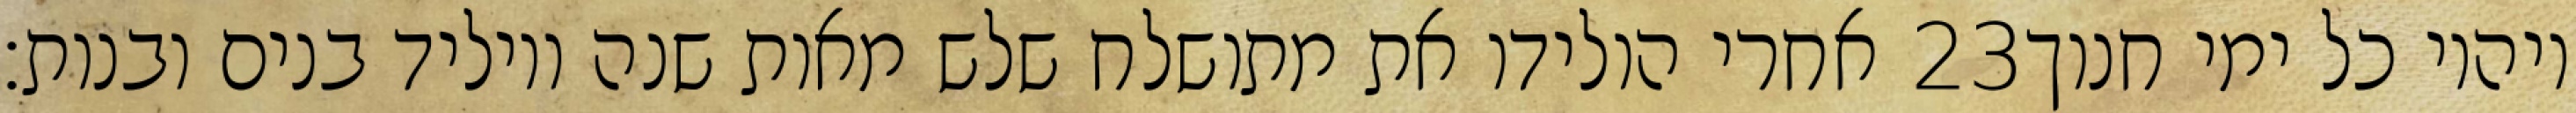
אחרי הולידו את מתושלח שלש מאות שנה ויוליד בנים ובנות׃ ‎23‏ ויהיו כל ימי חנוך